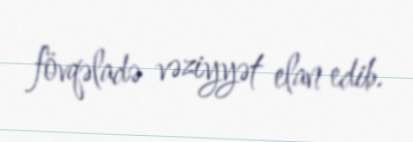
fövqəladə vəziyyət elan edib.